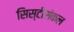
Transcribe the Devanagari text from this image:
सिस्टीसंकल